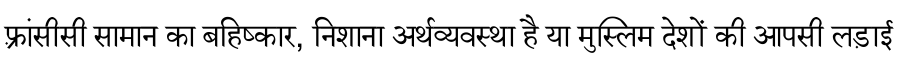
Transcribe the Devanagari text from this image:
फ़्रांसीसी सामान का बहिष्कार, निशाना अर्थव्यवस्था है या मुस्लिम देशों की आपसी लड़ाई